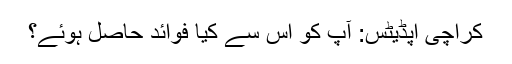
کراچی اپڈیٹس: آپ کو اس سے کیا فوائد حاصل ہوئے؟